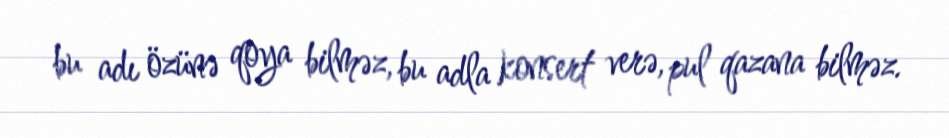
bu adı özünə qoya bilməz, bu adla konsert verə, pul qazana bilməz.